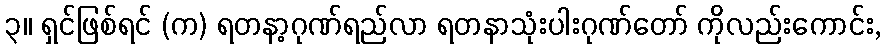
၃။ ရှင်ဖြစ်ရင် (က) ရတနာ့ဂုဏ်ရည်လာ ရတနာသုံးပါးဂုဏ်တော် ကိုလည်းကောင်း,